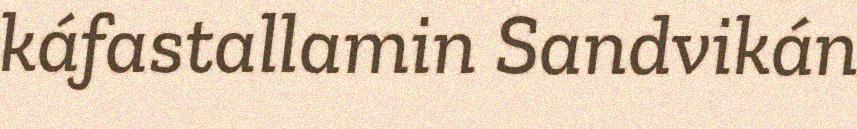
káfastallamin Sandvikán